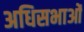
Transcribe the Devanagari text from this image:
अधिसभाओं